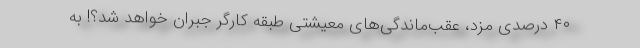
۴۰ درصدی مزد، عقب‌ماندگی‌های معیشتی طبقه کارگر جبران خواهد شد؟! به